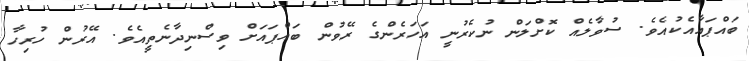
ބައްޕައާއެކުއެވެ. ސުވާލެއް ކޮށްލަން ނުކެރުނީ އަހަރެންގެ ރޭވުން ބައްޕައަށް ވިސްނިދާނެތީއެވެ. އޭރުން ހުރިހާ